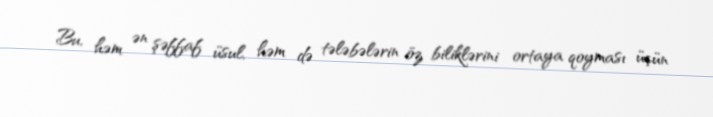
Bu, həm ən şəffaf üsul, həm də tələbələrin öz biliklərini ortaya qoyması üçün